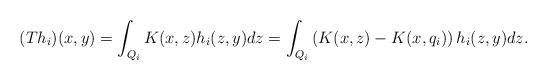
LaTeX: \begin{align*}(Th_i)(x,y)=\int_{Q_i}K(x,z)h_i(z,y)dz=\int_{Q_i}\left(K(x,z)-K(x,q_i)\right)h_i(z,y)dz.\end{align*}